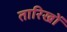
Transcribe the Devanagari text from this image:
तारिखों